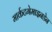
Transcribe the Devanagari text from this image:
मार्कटगेमाइनडेन